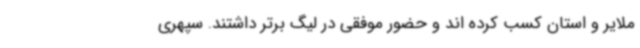
ملایر و استان کسب کرده اند و حضور موفقی در لیگ برتر داشتند. سپهری